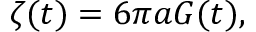
\zeta ( t ) = 6 \pi a G ( t ) ,